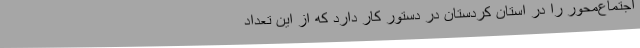
اجتماع‌محور را در استان کردستان در دستور کار دارد که از این تعداد